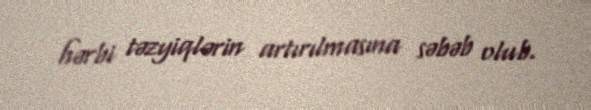
hərbi təzyiqlərin artırılmasına səbəb olub.